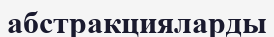
абстракцияларды